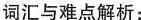
词汇与难点解析: